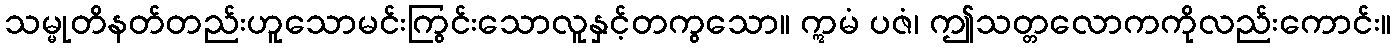
သမ္မုတိနတ်တည်းဟူသောမင်းကြွင်းသောလူနှင့်တကွသော။ ဣမံ ပဇံ၊ ဤသတ္တလောကကိုလည်းကောင်း။